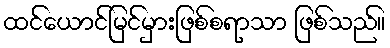
ထင်ယောင်မြင်မှားဖြစ်စရာသာ ဖြစ်သည်။